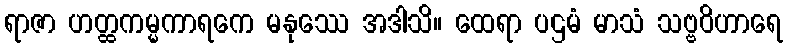
ရာဇာ ဟတ္ထကမ္မကာရကေ မနုဿေ အဒါသိ။ ထေရာ ပဌမံ မာသံ သဗ္ဗဝိဟာရေ